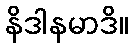
နိဒါနမာဒိ။